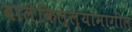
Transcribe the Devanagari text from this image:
बालेकिल्ल्यामागील